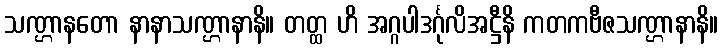
သဏ္ဌာနတော နာနာသဏ္ဌာနာနိ။ တတ္ထ ဟိ အဂ္ဂပါဒင်္ဂုလိအဋ္ဌီနိ ကတကဗီဇသဏ္ဌာနာနိ။